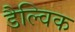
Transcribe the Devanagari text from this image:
डैल्विक